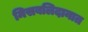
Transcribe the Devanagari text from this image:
मिसबलिदानात